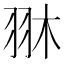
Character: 𦐔